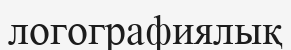
логографиялық